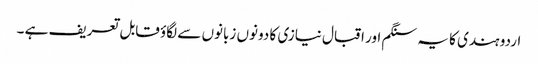
اردو ہندی کا یہ سنگم اور اقبال نیازی کا دونوں زبانوں سے لگاؤ قابل تعریف ہے ۔